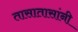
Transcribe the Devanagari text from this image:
तासातासांनी